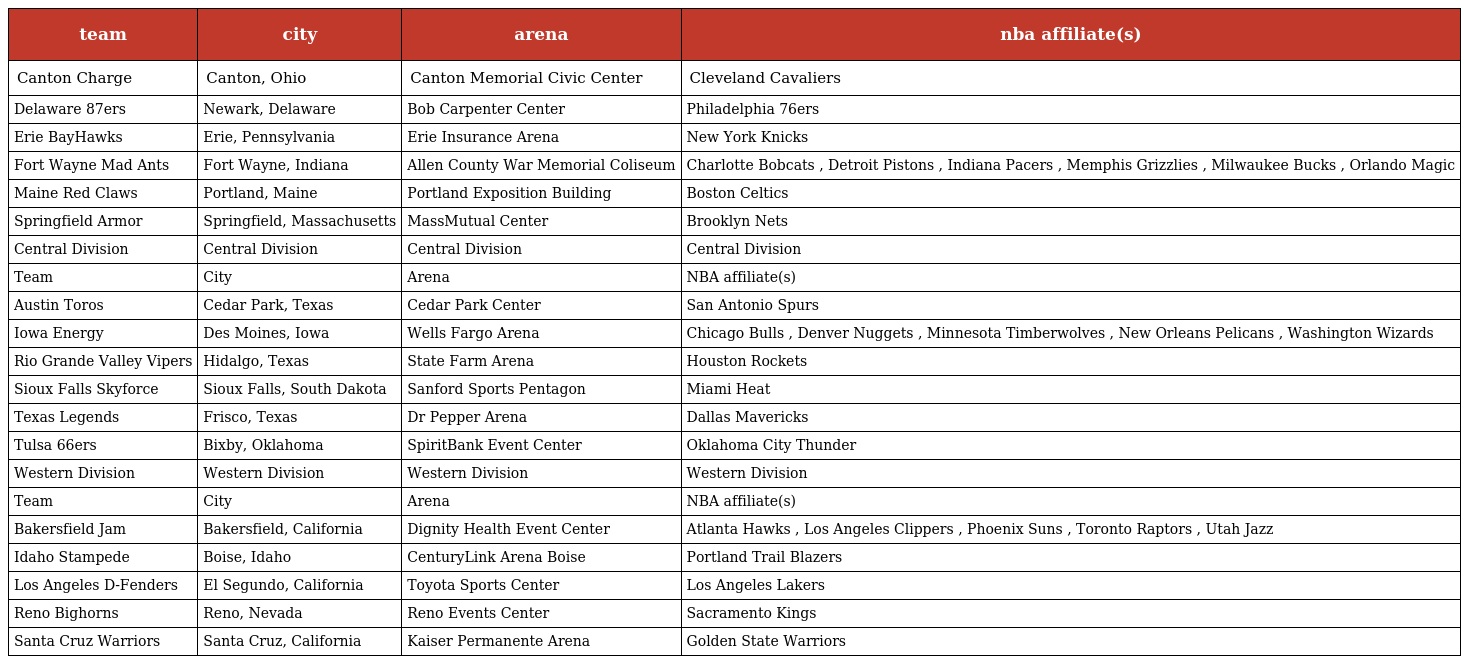
| team | city | arena | nba affiliate(s) |
 | --- | --- | --- | --- |
 | Canton Charge | Canton, Ohio | Canton Memorial Civic Center | Cleveland Cavaliers |
 | Delaware 87ers | Newark, Delaware | Bob Carpenter Center | Philadelphia 76ers |
 | Erie BayHawks | Erie, Pennsylvania | Erie Insurance Arena | New York Knicks |
 | Fort Wayne Mad Ants | Fort Wayne, Indiana | Allen County War Memorial Coliseum | Charlotte Bobcats , Detroit Pistons , Indiana Pacers , Memphis Grizzlies , Milwaukee Bucks , Orlando Magic |
 | Maine Red Claws | Portland, Maine | Portland Exposition Building | Boston Celtics |
 | Springfield Armor | Springfield, Massachusetts | MassMutual Center | Brooklyn Nets |
 | Central Division | Central Division | Central Division | Central Division |
 | Team | City | Arena | NBA affiliate(s) |
 | Austin Toros | Cedar Park, Texas | Cedar Park Center | San Antonio Spurs |
 | Iowa Energy | Des Moines, Iowa | Wells Fargo Arena | Chicago Bulls , Denver Nuggets , Minnesota Timberwolves , New Orleans Pelicans , Washington Wizards |
 | Rio Grande Valley Vipers | Hidalgo, Texas | State Farm Arena | Houston Rockets |
 | Sioux Falls Skyforce | Sioux Falls, South Dakota | Sanford Sports Pentagon | Miami Heat |
 | Texas Legends | Frisco, Texas | Dr Pepper Arena | Dallas Mavericks |
 | Tulsa 66ers | Bixby, Oklahoma | SpiritBank Event Center | Oklahoma City Thunder |
 | Western Division | Western Division | Western Division | Western Division |
 | Team | City | Arena | NBA affiliate(s) |
 | Bakersfield Jam | Bakersfield, California | Dignity Health Event Center | Atlanta Hawks , Los Angeles Clippers , Phoenix Suns , Toronto Raptors , Utah Jazz |
 | Idaho Stampede | Boise, Idaho | CenturyLink Arena Boise | Portland Trail Blazers |
 | Los Angeles D-Fenders | El Segundo, California | Toyota Sports Center | Los Angeles Lakers |
 | Reno Bighorns | Reno, Nevada | Reno Events Center | Sacramento Kings |
 | Santa Cruz Warriors | Santa Cruz, California | Kaiser Permanente Arena | Golden State Warriors |